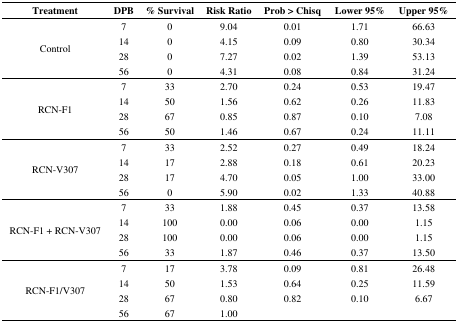
<table><thead><tr><td><b>Treatment</b></td><td><b>DPB</b></td><td><b>% Survival</b></td><td><b>Risk Ratio</b></td><td><b>Prob &gt; Chisq</b></td><td><b>Lower 95%</b></td><td><b>Upper 95%</b></td></tr></thead><tbody><tr><td rowspan="4">Control</td><td>7</td><td>0</td><td>9.04</td><td>0.01</td><td>1.71</td><td>66.63</td></tr><tr><td>14</td><td>0</td><td>4.15</td><td>0.09</td><td>0.80</td><td>30.34</td></tr><tr><td>28</td><td>0</td><td>7.27</td><td>0.02</td><td>1.39</td><td>53.13</td></tr><tr><td>56</td><td>0</td><td>4.31</td><td>0.08</td><td>0.84</td><td>31.24</td></tr><tr><td rowspan="4">RCN-F1</td><td>7</td><td>33</td><td>2.70</td><td>0.24</td><td>0.53</td><td>19.47</td></tr><tr><td>14</td><td>50</td><td>1.56</td><td>0.62</td><td>0.26</td><td>11.83</td></tr><tr><td>28</td><td>67</td><td>0.85</td><td>0.87</td><td>0.10</td><td>7.08</td></tr><tr><td>56</td><td>50</td><td>1.46</td><td>0.67</td><td>0.24</td><td>11.11</td></tr><tr><td rowspan="4">RCN-V307</td><td>7</td><td>33</td><td>2.52</td><td>0.27</td><td>0.49</td><td>18.24</td></tr><tr><td>14</td><td>17</td><td>2.88</td><td>0.18</td><td>0.61</td><td>20.23</td></tr><tr><td>28</td><td>17</td><td>4.70</td><td>0.05</td><td>1.00</td><td>33.00</td></tr><tr><td>56</td><td>0</td><td>5.90</td><td>0.02</td><td>1.33</td><td>40.88</td></tr><tr><td rowspan="4">RCN-F1 + RCN-V307</td><td>7</td><td>33</td><td>1.88</td><td>0.45</td><td>0.37</td><td>13.58</td></tr><tr><td>14</td><td>100</td><td>0.00</td><td>0.06</td><td>0.00</td><td>1.15</td></tr><tr><td>28</td><td>100</td><td>0.00</td><td>0.06</td><td>0.00</td><td>1.15</td></tr><tr><td>56</td><td>33</td><td>1.87</td><td>0.46</td><td>0.37</td><td>13.50</td></tr><tr><td rowspan="4">RCN-F1/V307</td><td>7</td><td>17</td><td>3.78</td><td>0.09</td><td>0.81</td><td>26.48</td></tr><tr><td>14</td><td>50</td><td>1.53</td><td>0.64</td><td>0.25</td><td>11.59</td></tr><tr><td>28</td><td>67</td><td>0.80</td><td>0.82</td><td>0.10</td><td>6.67</td></tr><tr><td>56</td><td>67</td><td>1.00</td><td></td><td></td><td></td></tr></tbody></table>